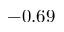
- 0 . 6 9